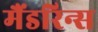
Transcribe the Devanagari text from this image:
मैंडरिन्स